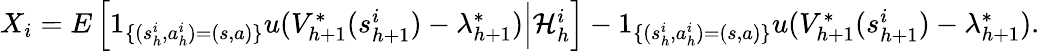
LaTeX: \begin{array}{r}{X_{i}=E\left[1_{\{ (s_{h}^{i},a_{h}^{i})=(s,a)\} }u(V_{h+1}^{*}(s_{h+1}^{i})-\lambda_{h+1}^{*})\Big\vert\mathcal{H}_{h}^{i}\right]-1_{\{ (s_{h}^{i},a_{h}^{i})=(s,a)\} }u(V_{h+1}^{*}(s_{h+1}^{i})-\lambda_{h+1}^{*}).}\end{array}